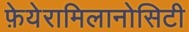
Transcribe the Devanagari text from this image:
फ़ेयेरामिलानोसिटी